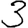
Digit: 3